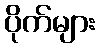
ပိုက်များ